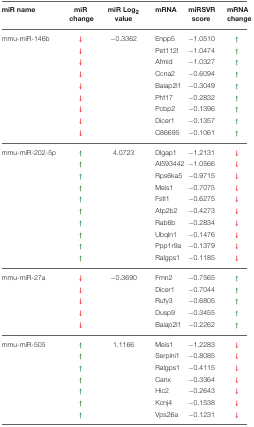
| miR name | miR change | miR Log2 value | mRNA | miRSVR score | mRNA change |
 | --- | --- | --- | --- | --- | --- |
 | mmu-miR-146b | ↓ | −0.3362 | Enpp5 | −1.0510 | ↑ |
 |  | ↓ |  | Pet112l | −1.0474 | ↑ |
 |  | ↓ |  | Afmid | −1.0327 | ↑ |
 |  | ↓ |  | Ccna2 | −0.6094 | ↑ |
 |  | ↓ |  | Baiap2l1 | −0.3049 | ↑ |
 |  | ↓ |  | Phf17 | −0.2832 | ↑ |
 |  | ↓ |  | Pcbp2 | −0.1396 | ↑ |
 |  | ↓ |  | Dicer1 | −0.1357 | ↑ |
 |  | ↓ |  | C86695 | −0.1061 | ↑ |
 | mmu-miR-202-5p | ↑ | 4.0723 | Dlgap1 | −1.2131 | ↓ |
 |  | ↑ |  | AI593442 | −1.0566 | ↓ |
 |  | ↑ |  | Rps6ka5 | −0.9715 | ↓ |
 |  | ↑ |  | Meis1 | −0.7075 | ↓ |
 |  | ↑ |  | Fstl1 | −0.6275 | ↓ |
 |  | ↑ |  | Atp2b2 | −0.4273 | ↓ |
 |  | ↑ |  | Rab6b | −0.2834 | ↓ |
 |  | ↑ |  | Ubqln1 | −0.1476 | ↓ |
 |  | ↑ |  | Ppp1r9a | −0.1379 | ↓ |
 |  | ↑ |  | Ralgps1 | −0.1185 | ↓ |
 | mmu-miR-27a | ↓ | −0.3690 | Fmn2 | −0.7565 | ↑ |
 |  | ↓ |  | Dicer1 | −0.7044 | ↑ |
 |  | ↓ |  | Rufy3 | −0.6805 | ↑ |
 |  | ↓ |  | Dusp9 | −0.3455 | ↑ |
 |  | ↓ |  | Baiap2l1 | −0.2262 | ↑ |
 | mmu-miR-505 | ↑ | 1.1166 | Meis1 | −1.2283 | ↓ |
 |  | ↑ |  | Serpini1 | −0.8085 | ↓ |
 |  | ↑ |  | Ralgps1 | −0.4115 | ↓ |
 |  | ↑ |  | Canx | −0.3364 | ↓ |
 |  | ↑ |  | Hic2 | −0.2643 | ↓ |
 |  | ↑ |  | Kcnj4 | −0.1538 | ↓ |
 |  | ↑ |  | Vps26a | −0.1231 | ↓ |